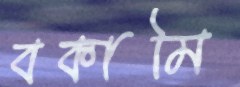
বকামি